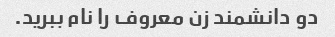
دو دانشمند زن معروف را نام ببرید.